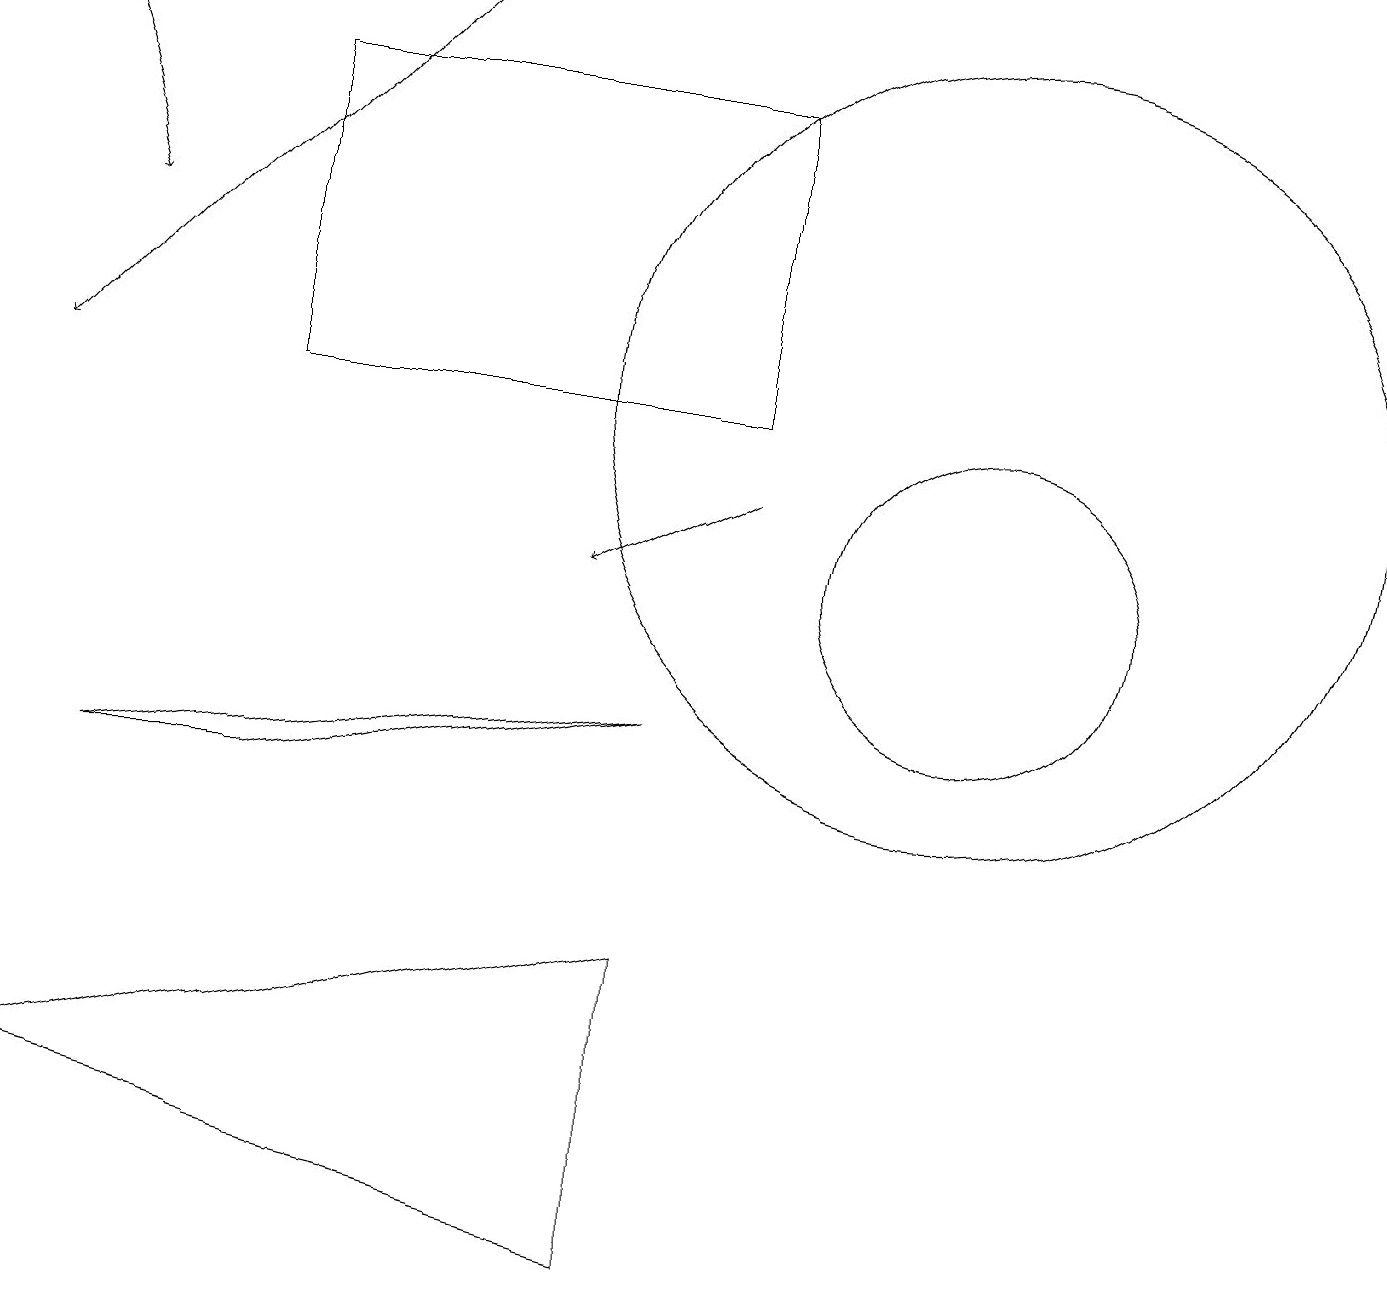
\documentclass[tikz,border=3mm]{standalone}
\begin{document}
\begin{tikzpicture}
\draw (12,10) circle (2);
\draw[->] (0,17) -- (1,14);
\draw (1,7) -- (3,7) -- (8,8) -- cycle;
\draw[->] (5,17) -- (0,12);
\draw (3,12) rectangle (9,16);
\draw (8,5) -- (8,1) -- (0,3) -- cycle;
\draw[->] (9,11) -- (7,10);
\draw (12,12) circle (5);
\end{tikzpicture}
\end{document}